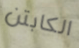
الكابتن